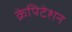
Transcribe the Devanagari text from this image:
क्रेपिटेशन